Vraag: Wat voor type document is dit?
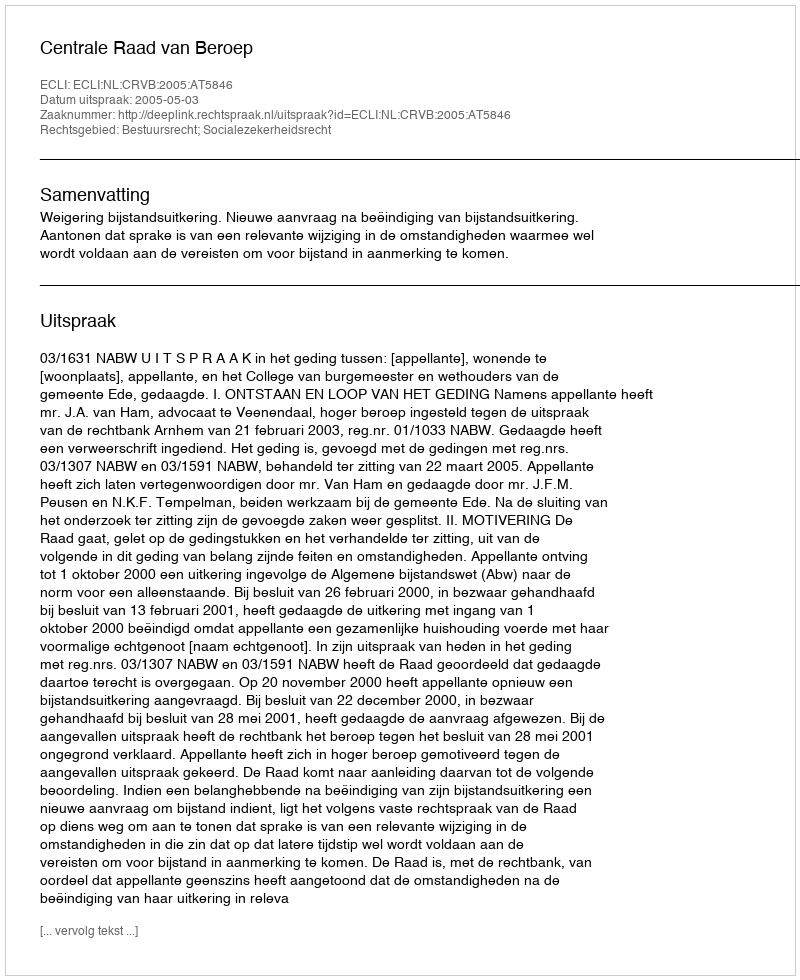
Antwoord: Uitspraak